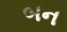
બન